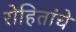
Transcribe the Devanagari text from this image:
रोहितांचे